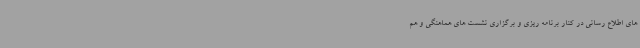
های اطلاع رسانی در کنار برنامه ریزی و برگزاری نشست های هماهنگی و هم